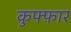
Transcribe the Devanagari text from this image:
कुफ्फ़ार